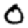
Digit: 0